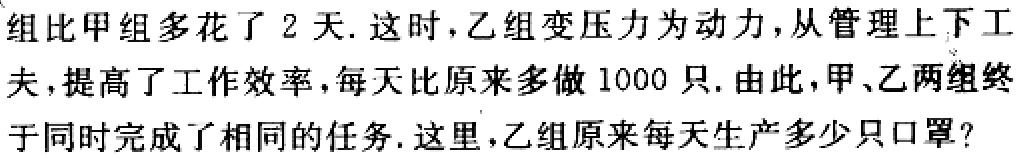
组比甲组多花了 2 天. 这时, 乙组变压力为动力, 从管理上下工

夫, 提高了工作效率, 每天比原来多做 1000 只. 由此, 甲、乙两组终

于同时完成了相同的任务. 这里, 乙组原来每天生产多少只口罩?